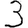
Digit: 3